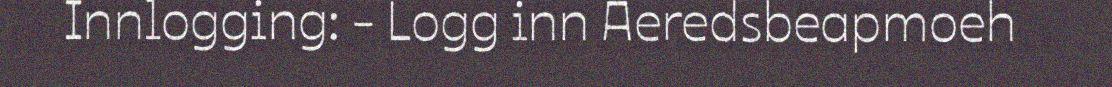
Innlogging: - Logg inn Aeredsbeapmoeh